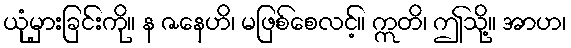
ယုံမှားခြင်းကို။ န ဇနေဟိ၊ မဖြစ်စေလင့်။ ဣတိ၊ ဤသို့။ အာဟ၊